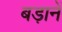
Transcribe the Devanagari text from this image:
बड़ानें